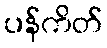
ပန်ကိတ်